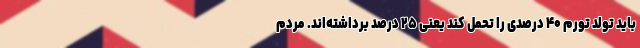
باید تولد تورم ۴۰ درصدی را تحمل کند یعنی ۲۵ درصد برداشته‌اند. مردم